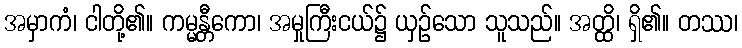
အမှာကံ၊ ငါတို့၏။ ကမ္မန္တီကော၊ အမှုကြီးငယ်၌ ယှဉ်သော သူသည်။ အတ္ထိ၊ ရှိ၏။ တဿ၊